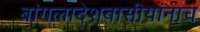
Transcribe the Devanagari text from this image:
बांगलादेशवासीयांनाच